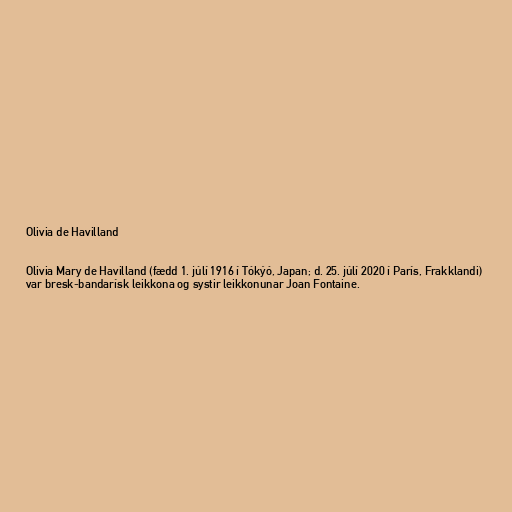
Olivia de Havilland

Olivia Mary de Havilland (fædd 1. júlí 1916 í Tókýó, Japan; d. 25. júlí 2020 í París, Frakklandi)
var bresk-bandarísk leikkona og systir leikkonunar Joan Fontaine.